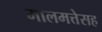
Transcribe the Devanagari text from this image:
मालमत्तेसह